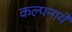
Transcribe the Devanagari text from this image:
कल्पनायें